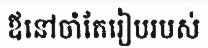
ឪនៅចាំតែរៀបរបស់